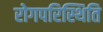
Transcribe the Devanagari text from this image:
रोगपरिस्थिति